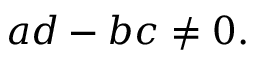
a d - b c \neq 0 .